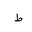
Letter: _da